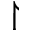
\upharpoonright